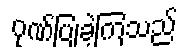
ဂုဏ်ပြုခဲ့ကြသည်